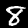
Label: 8